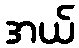
အယ်